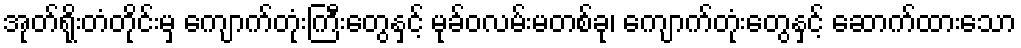
အုတ်ရိုးတံတိုင်းမှ ကျောက်တုံးကြီးတွေနှင့် မုခ်ဝလမ်းမတစ်ခု၊ ကျောက်တုံးတွေနှင့် ဆောက်ထားသော